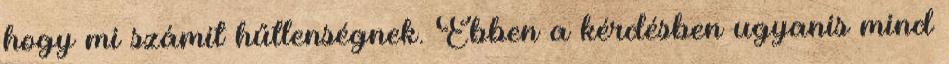
hogy mi számít hűtlenségnek. Ebben a kérdésben ugyanis mind